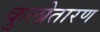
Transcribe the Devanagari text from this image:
कुलोतारण